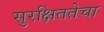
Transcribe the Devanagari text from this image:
सुरक्षिततेचा